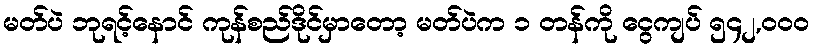
မတ်ပဲ ဘုရင့်နောင် ကုန်စည်ဒိုင်မှာတော့ မတ်ပဲက ၁ တန်ကို ငွေကျပ် ၅၄၂,၀၀၀